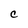
Character: C